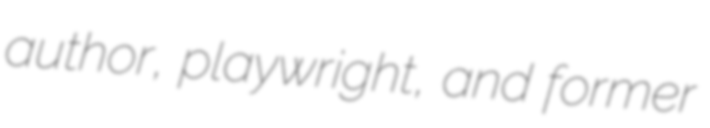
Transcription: author, playwright, and former